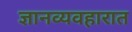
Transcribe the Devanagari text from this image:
ज्ञानव्यवहारात